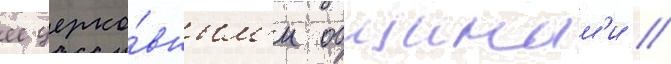
ее церко́вным'и общинам'и //